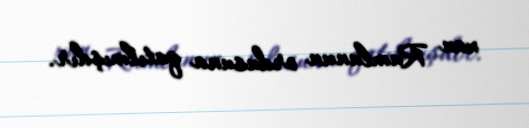
xan Rumlunun ordusuna qatılmışdır.